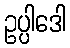
ဥပ္ပါဒေါ